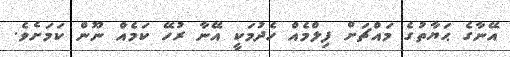
އޭނާގެ ޙަޔާތުގެ މައްޗަށް ފިލްމެއް ހެދުމަކީ އޭނާ ރުހޭ ކަމެއް ނޫން ކަމަށެވެ.